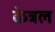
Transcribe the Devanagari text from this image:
केत्रल